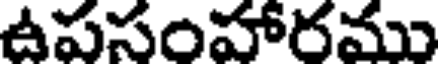
ఉపసంహారము